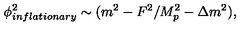
\phi _ { i n f l a t i o n a r y } ^ { 2 } \sim ( m ^ { 2 } - F ^ { 2 } / M _ { p } ^ { 2 } - \Delta m ^ { 2 } ) ,